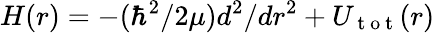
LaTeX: H(r)=-(\hbar^{2}/2\mu)d^{2}/dr^{2}+U_{\mathrm{~t~o~t~}}(r)